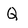
Character: Q